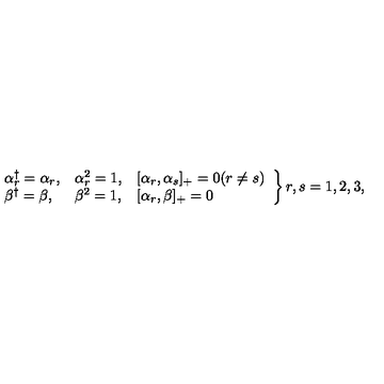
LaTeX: \left. \begin{array} { l l l } { \alpha _ { r } ^ { \dag } = \alpha _ { r } , } & { \alpha _ { r } ^ { 2 } = 1 , } & { [ \alpha _ { r } , \alpha _ { s } ] _ { + } = 0 ( r \neq s ) } \\ { \beta ^ { \dag } = \beta , } & { \beta ^ { 2 } = 1 , } & { [ \alpha _ { r } , \beta ] _ { + } = 0 } \\ \end{array} \right\} r , s = 1 , 2 , 3 ,